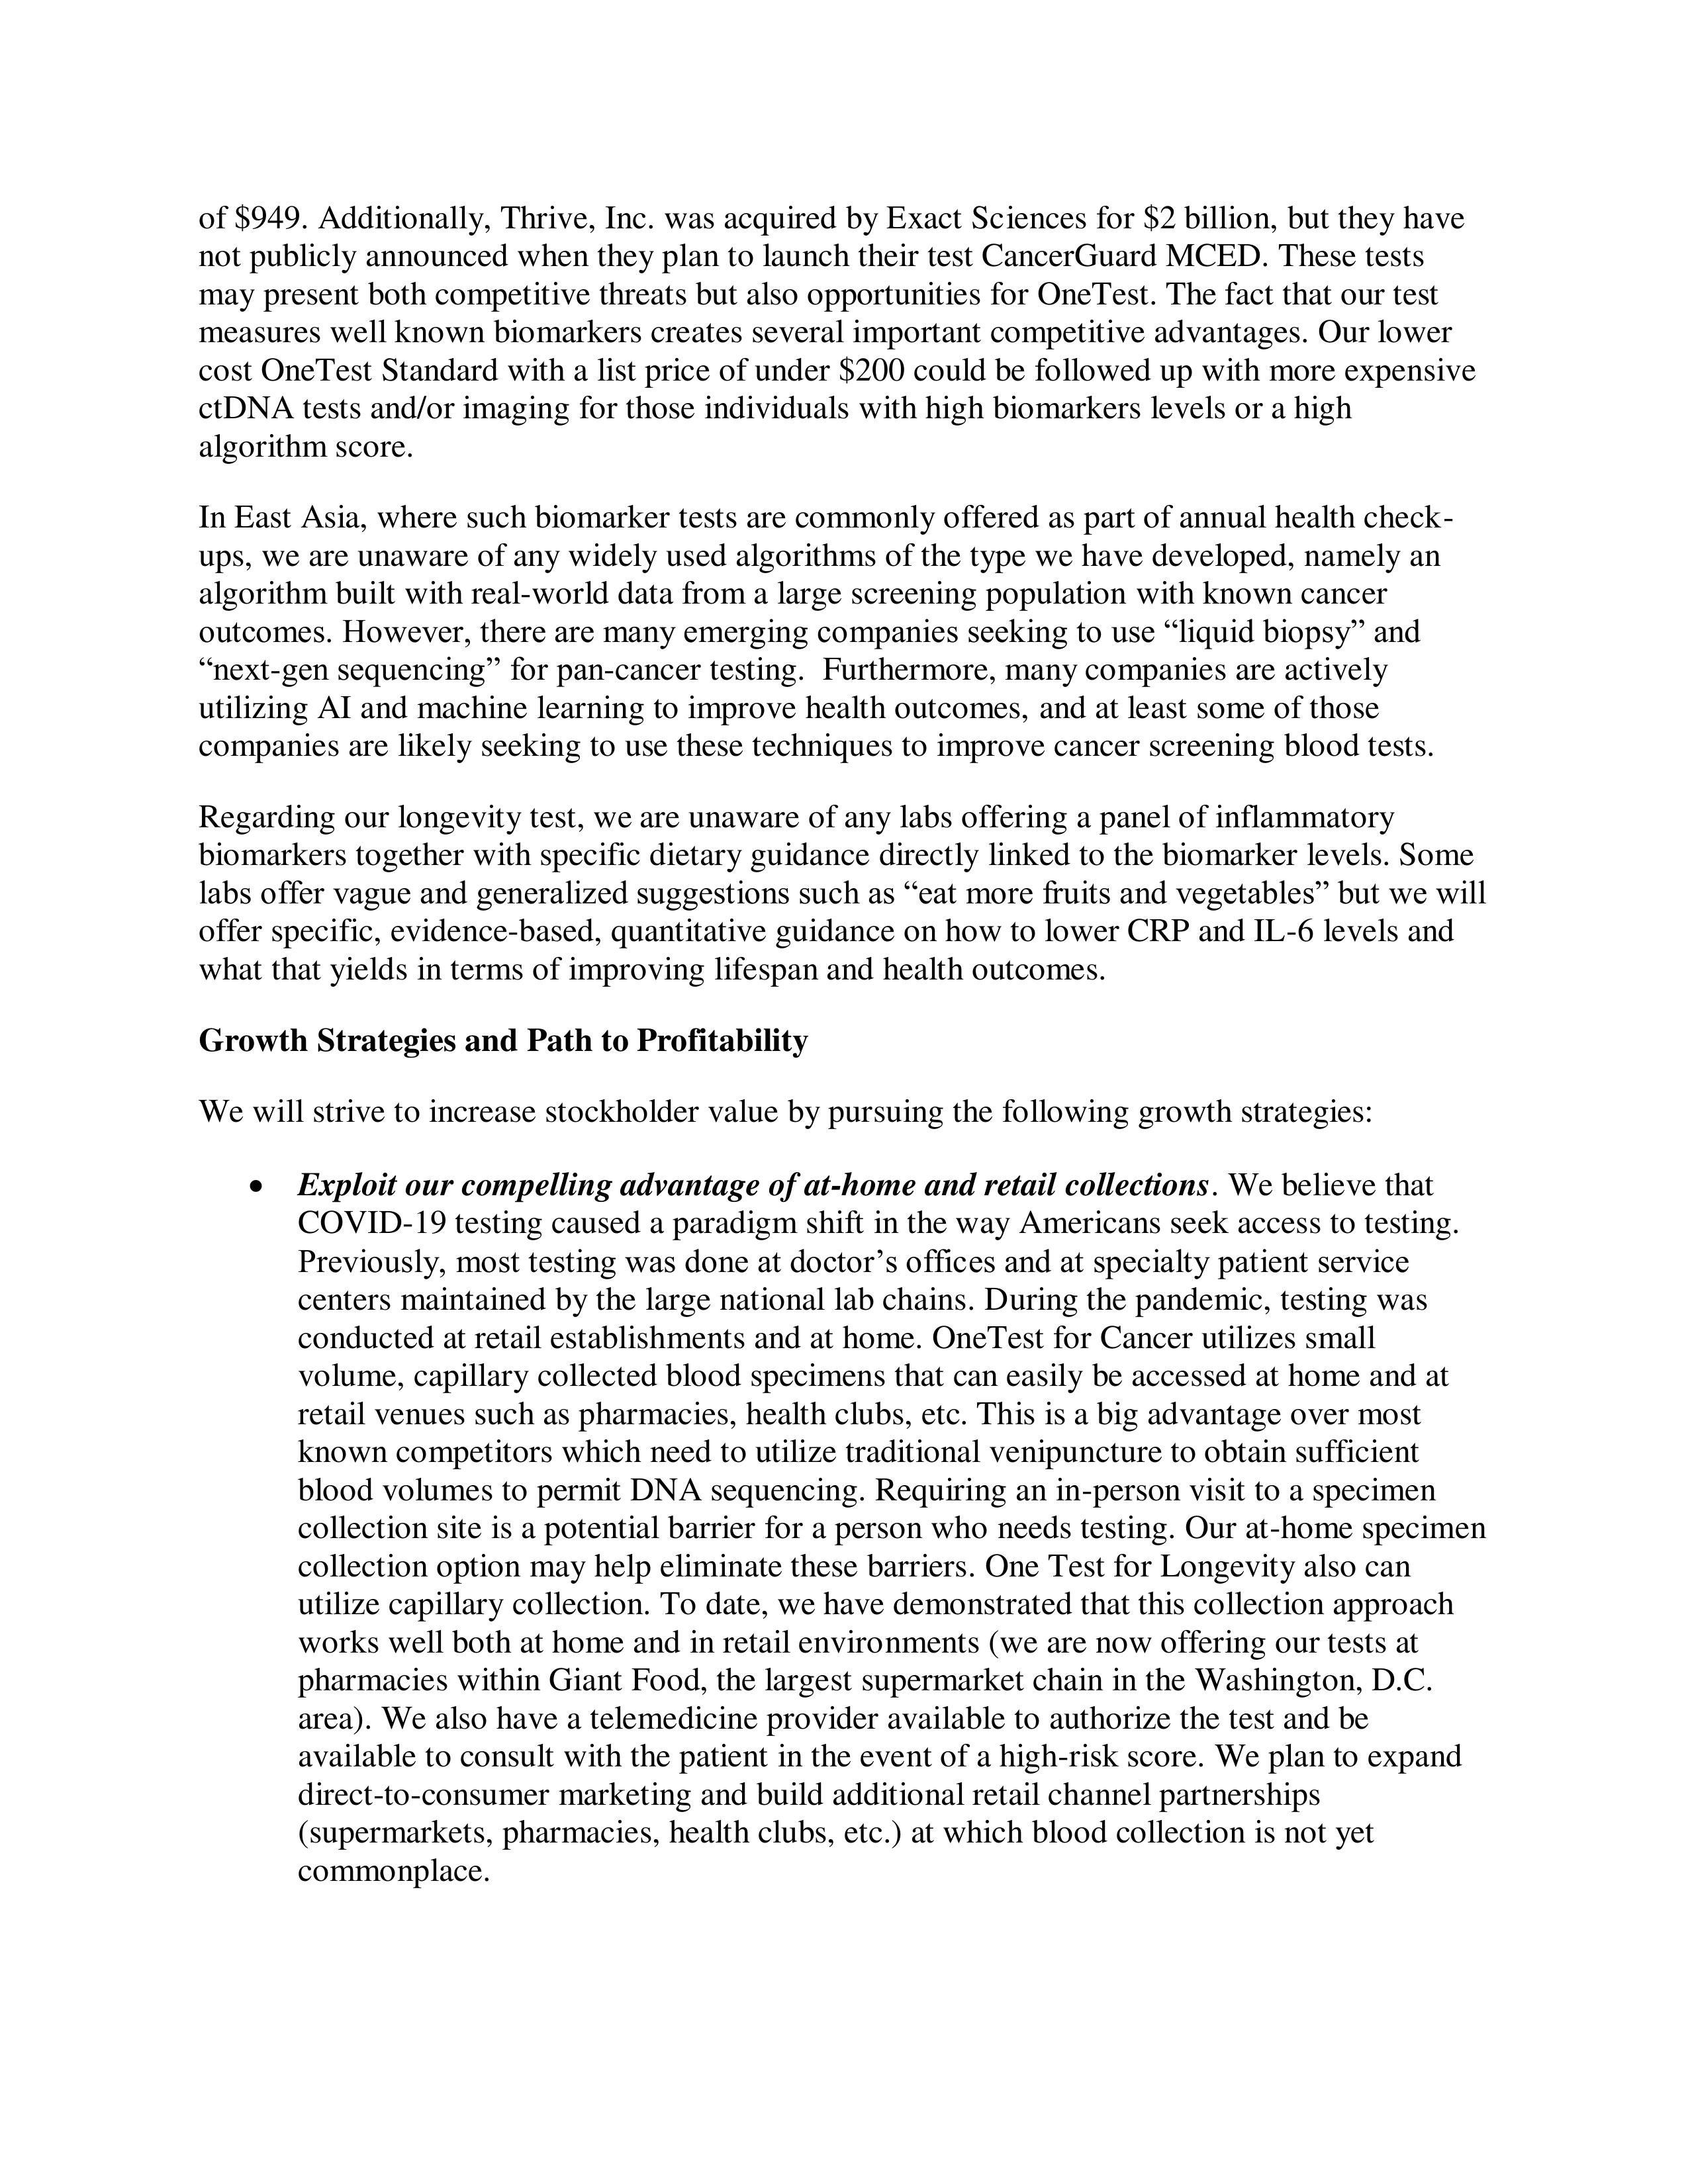
of $949. Additionally, Thrive, Inc. was acquired by Exact Sciences for $2 billion, but they have
not publicly announced when they plan to launch their test CancerGuard MCED. These tests
may present both competitive threats but also opportunities for OneTest. The fact that our test
measures well known biomarkers creates several important competitive advantages. Our lower
cost OneTest Standard with a list price of under $200 could be followed up with more expensive
ctDNA tests and/or imaging for those individuals with high biomarkers levels or a high
algorithm score.

In East Asia, where such biomarker tests are commonly offered as part of annual health check-
ups, we are unaware of any widely used algorithms of the type we have developed, namely an
algorithm built with real-world data from a large screening population with known cancer
outcomes. However, there are many emerging companies seeking to use "liquid biopsy" and
"next-gen sequencing" for pan-cancer testing. Furthermore, many companies are actively
utilizing AI and machine learning to improve health outcomes, and at least some of those
companies are likely seeking to use these techniques to improve cancer screening blood tests.

Regarding our longevity test, we are unaware of any labs offering a panel of inflammatory
biomarkers together with specific dietary guidance directly linked to the biomarker levels. Some
labs offer vague and generalized suggestions such as "eat more fruits and vegetables" but we will
offer specific, evidence-based, quantitative guidance on how to lower CRP and IL-6 levels and
what that yields in terms of improving lifespan and health outcomes.

Growth Strategies and Path to Profitability

We will strive to increase stockholder value by pursuing the following growth strategies:

•   Exploit our compelling advantage of at-home and retail collections. We believe that
COVID-19 testing caused a paradigm shift in the way Americans seek access to testing.
Previously, most testing was done at doctor's offices and at specialty patient service
centers maintained by the large national lab chains. During the pandemic, testing was
conducted at retail establishments and at home. OneTest for Cancer utilizes small
volume, capillary collected blood specimens that can easily be accessed at home and at
retail venues such as pharmacies, health clubs, etc. This is a big advantage over most
known competitors which need to utilize traditional venipuncture to obtain sufficient
blood volumes to permit DNA sequencing. Requiring an in-person visit to a specimen
collection site is a potential barrier for a person who needs testing. Our at-home specimen
collection option may help eliminate these barriers. OneTest for Longevity also can
utilize capillary collection. To date, we have demonstrated that this collection approach
works well both at home and in retail environments (we are now offering our tests at
pharmacies within Giant Food, the largest supermarket chain in the Washington, D.C.
area). We also have a telemedicine provider available to authorize the test and be
available to consult with the patient in the event of a high-risk score. We plan to expand
direct-to-consumer marketing and build additional retail channel partnerships
(supermarkets, pharmacies, health clubs, etc.) at which blood collection is not yet
commonplace.